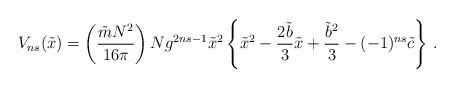
LaTeX: \begin{align*}V_{ns}({\tilde x})= \left(\frac{{\tilde m}N^2}{16\pi}\right)N g^{2ns-1}{\tilde x}^2 \left\{{\tilde x}^2 -\frac{2{\tilde b}}{3}{\tilde x}+\frac{{\tilde b}^2}{3} -(-1)^{ns}{\tilde c}\right\} \,.\end{align*}